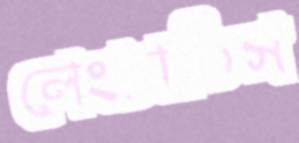
লেংচাতিস